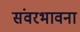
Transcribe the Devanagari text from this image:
संवरभावना